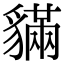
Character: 䝡